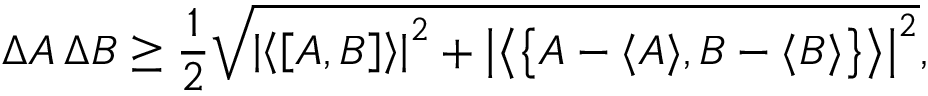
\Delta A \, \Delta B \geq { \frac { 1 } { 2 } } { \sqrt { \left| \left\langle \left[ { A } , { B } \right] \right\rangle \right| ^ { 2 } + \left| \left\langle \left\{ A - \langle A \rangle , B - \langle B \rangle \right\} \right\rangle \right| ^ { 2 } } } ,